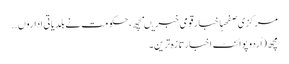
مرکزی صفحہاخبارقومی خبریںمچھ، حکومت نے بلدیاتی اداروں ..
مچھ (اُردو پوائنٹ اخبارتازہ ترین۔